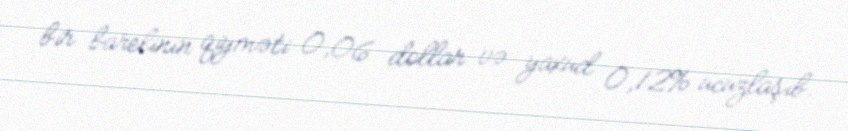
bir barelinin qiyməti 0,06 dollar və yaxud 0,12% ucuzlaşıb.